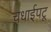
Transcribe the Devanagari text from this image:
चधाईपटू